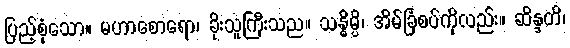
ပြည့်စုံသော။ မဟာစောရော၊ ခိုးသူကြီးသည။ သန္ဓိမ္ပိ၊ အိမ်ခြံစပ်ကိုလည်း။ ဆိန္ဒတိ၊